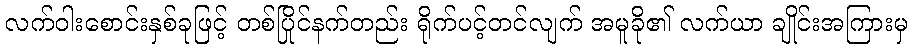
လက်ဝါးစောင်းနှစ်ခုဖြင့် တစ်ပြိုင်နက်တည်း ရိုက်ပင့်တင်လျက် အမူခို၏ လက်ယာ ချိုင်းအကြားမှ